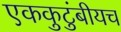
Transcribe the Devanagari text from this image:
एककुटुंबीयच